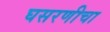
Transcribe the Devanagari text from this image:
घसरणीचा